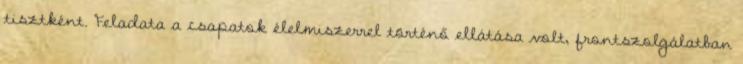
tisztként. Feladata a csapatok élelmiszerrel történő ellátása volt, frontszolgálatban